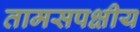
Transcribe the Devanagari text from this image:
तामसपक्षीय